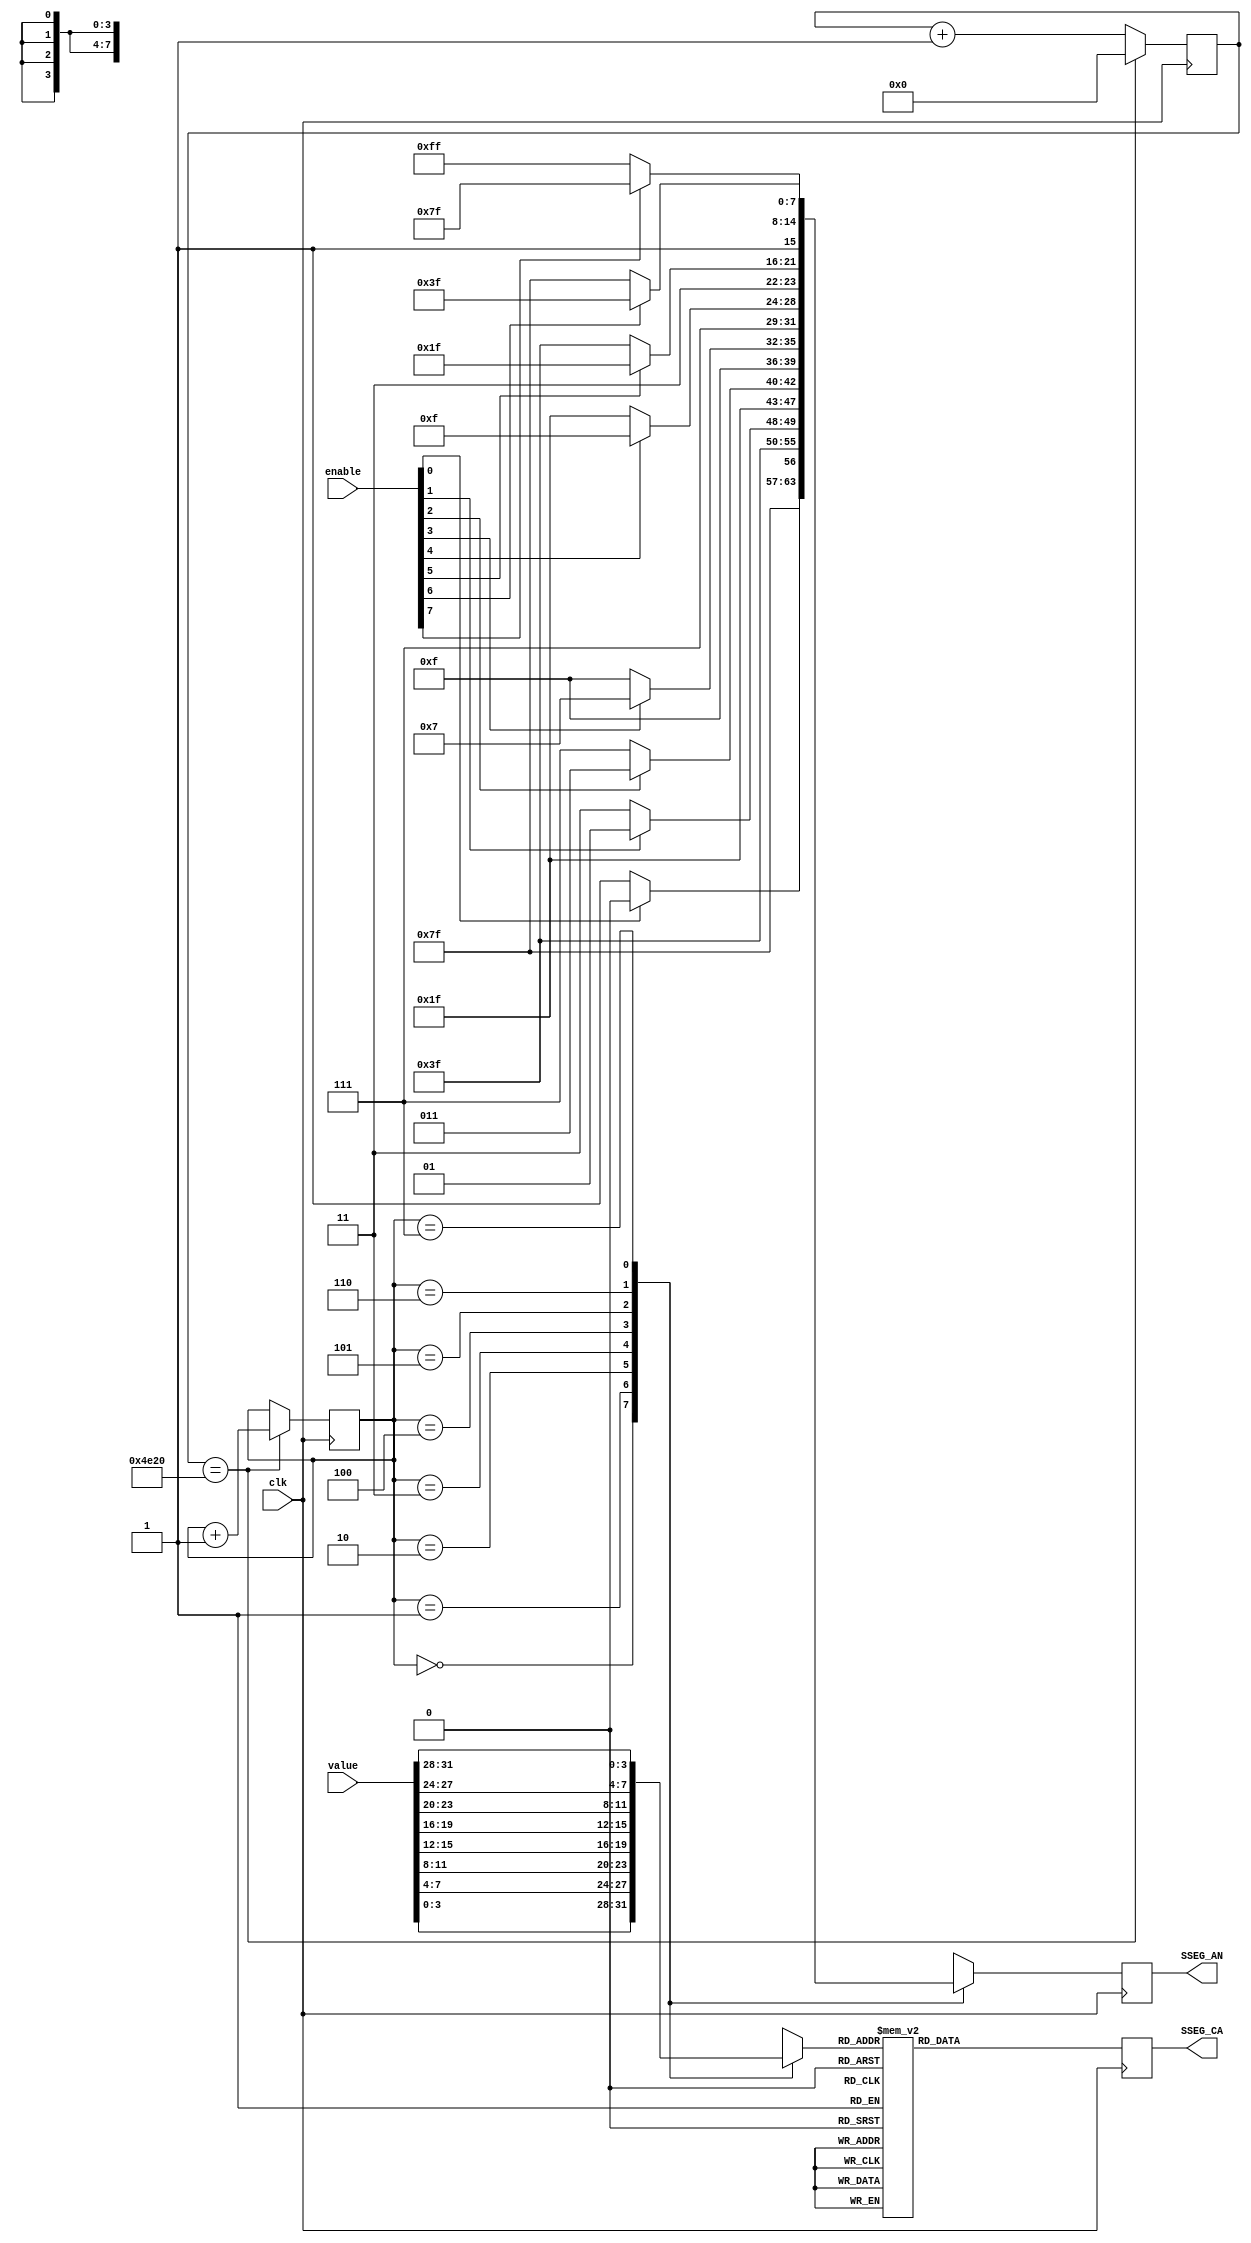
module LedDriver(input clk,
                 input [31:0] value,
                 input [7:0] enable,
                 output reg [7:0] SSEG_CA,
                 output reg [7:0] SSEG_AN);
  reg [2:0] state;
  reg [3:0] digit;
  reg [16:0] timer;
  
  // Each digit should be displayed for 1 ms. 1 ms = ~20000 cycles.
  always @(posedge clk) begin
    timer <= timer + 1;
    if (timer == 20000) begin
      timer <= 0;
      state <= state + 1;
    end
    case (state)
    0: begin SSEG_AN <= enable[0] ? 8'b11111110 : 8'b11111111; digit = value[3:0];  end
    1: begin SSEG_AN <= enable[1] ? 8'b11111101 : 8'b11111111; digit = value[7:4];  end
    2: begin SSEG_AN <= enable[2] ? 8'b11111011 : 8'b11111111; digit = value[11:8]; end
    3: begin SSEG_AN <= enable[3] ? 8'b11110111 : 8'b11111111; digit = value[15:12];end
    4: begin SSEG_AN <= enable[4] ? 8'b11101111 : 8'b11111111; digit = value[19:16];end
    5: begin SSEG_AN <= enable[5] ? 8'b11011111 : 8'b11111111; digit = value[23:20];end
    6: begin SSEG_AN <= enable[6] ? 8'b10111111 : 8'b11111111; digit = value[27:24];end
    7: begin SSEG_AN <= enable[7] ? 8'b01111111 : 8'b11111111; digit = value[31:28];end
    endcase
    case (digit)
    0: SSEG_CA  <= 8'b11000000;
    1: SSEG_CA  <= 8'b11111001;
    2: SSEG_CA  <= 8'b10100100;
    3: SSEG_CA  <= 8'b10110000;
    4: SSEG_CA  <= 8'b10011001;
    5: SSEG_CA  <= 8'b10010010;
    6: SSEG_CA  <= 8'b10000010;
    7: SSEG_CA  <= 8'b11111000;
    8: SSEG_CA  <= 8'b10000000;
    9: SSEG_CA  <= 8'b10010000;
    10: SSEG_CA <= 8'b10001000; // A
    11: SSEG_CA <= 8'b10000011; // b
    12: SSEG_CA <= 8'b10100111; // c
    13: SSEG_CA <= 8'b10100001; // d
    14: SSEG_CA <= 8'b10000110; // E
    15: SSEG_CA <= 8'b10001110; // F
    endcase
  end
endmodule